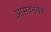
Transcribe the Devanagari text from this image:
आसवनयंत्र